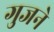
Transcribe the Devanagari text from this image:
गुजने